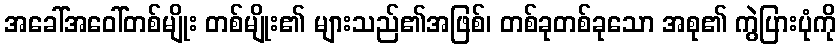
အခေါ်အဝေါ်တစ်မျိုး တစ်မျိုး၏ များသည်၏အဖြစ်၊ တစ်ခုတစ်ခုသော အစု၏ ကွဲပြားပုံကို